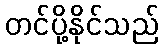
တင်ပို့နိုင်သည်